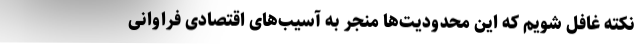
نکته غافل شویم که این محدودیت‌ها منجر به آسیب‌های اقتصادی فراوانی